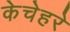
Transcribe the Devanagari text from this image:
केचेहरे